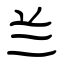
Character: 兰